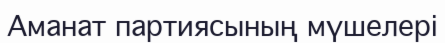
Аманат партиясының мүшелері